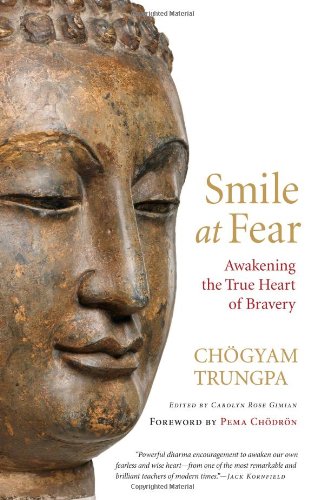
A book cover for Smile at Fear: Awakening the True Heart of Bravery; Chogyam Trungpa; Religion & Spirituality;